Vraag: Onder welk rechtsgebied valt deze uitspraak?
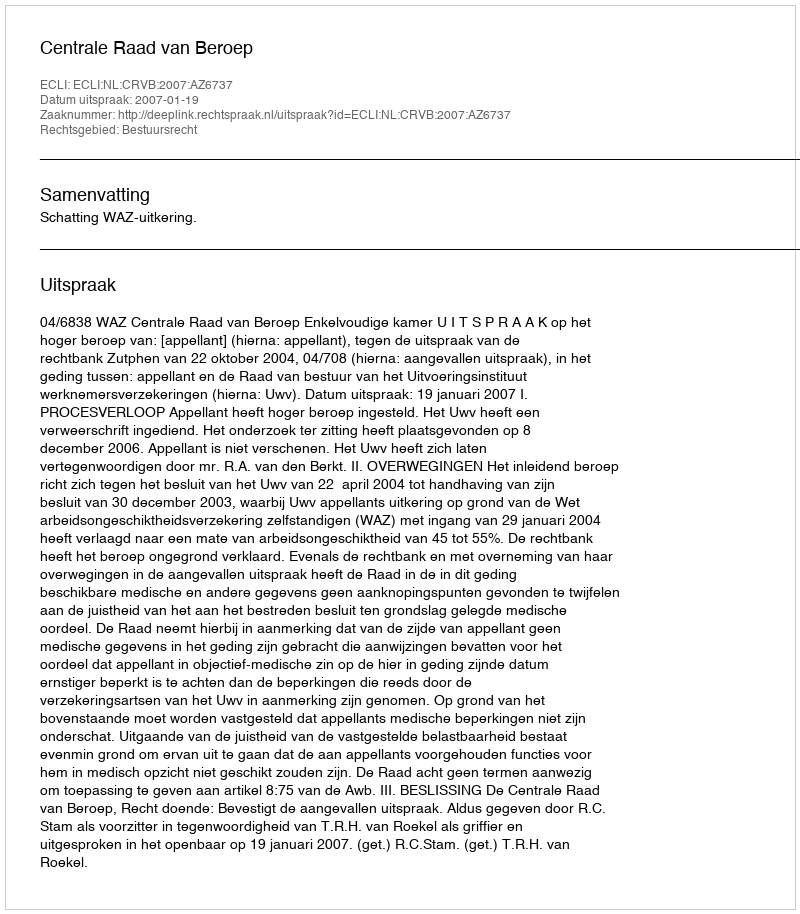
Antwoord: Bestuursrecht